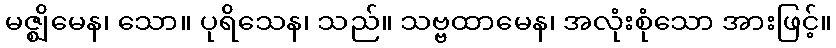
မဇ္ဈိမေန၊ သော။ ပုရိသေန၊ သည်။ သဗ္ဗထာမေန၊ အလုံးစုံသော အားဖြင့်။